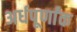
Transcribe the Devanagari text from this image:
अर्धपूर्णांक